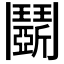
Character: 𩰚